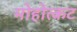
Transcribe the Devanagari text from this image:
मोहोत्कट